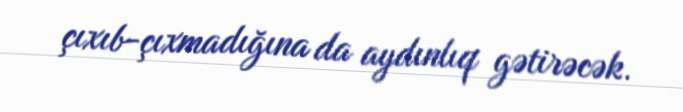
çıxıb-çıxmadığına da aydınlıq gətirəcək.